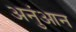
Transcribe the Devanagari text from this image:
अनुंआन